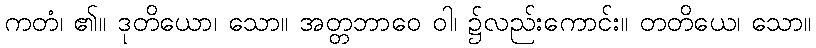
ကတံ၊ ၏။ ဒုတိယော၊ သော။ အတ္တဘာဝေ ဝါ၊ ၌လည်းကောင်း။ တတိယေ၊ သော။